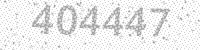
Solution: 404447